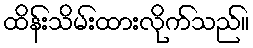
ထိန်းသိမ်းထားလိုက်သည်။